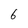
Character: 6